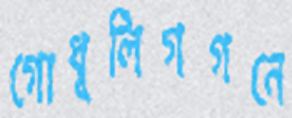
গোধূলিগগনে